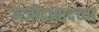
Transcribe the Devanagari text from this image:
मजीदाबादच्या